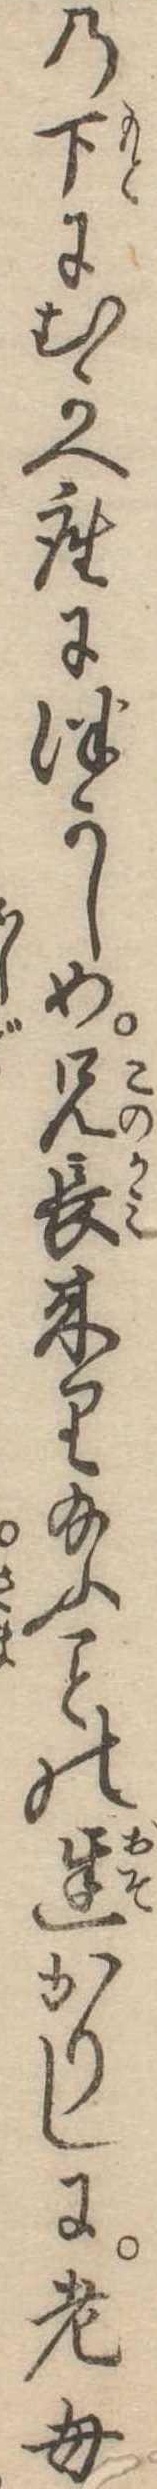
の下にむかへ座につかしめ兄長来り給ふの遅かりしに老母